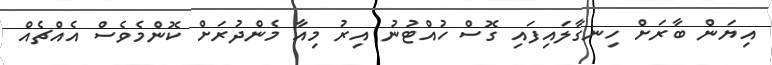
އިޔަން ބާރަށް ހިނގާލައިފައި ގޮސް ހުއްޓުނު އިރު މިއާ މެންދުރަށް ކޮންމެވެސް އެއްޗެއް